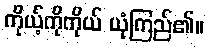
ကိုယ့်ကိုကိုယ် ယုံကြည်၏။